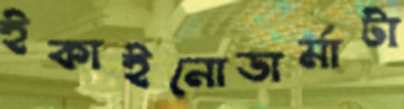
ইকাইনোডার্মাটা